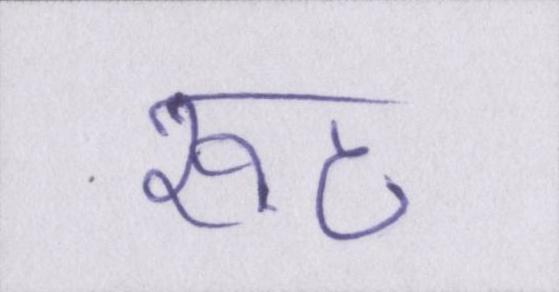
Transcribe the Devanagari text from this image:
रूठ